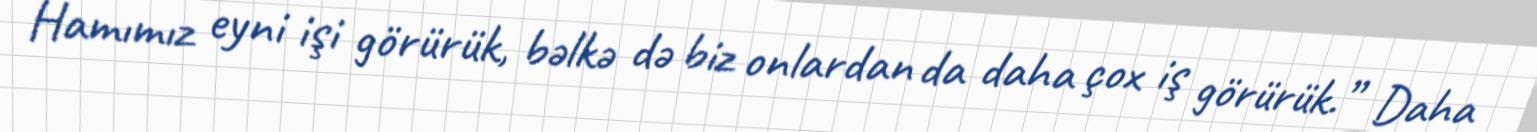
Hamımız eyni işi görürük, bəlkə də biz onlardan da daha çox iş görürük.” Daha